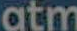
atm